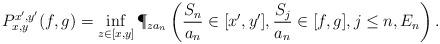
LaTeX: \begin{align*} P^{x',y'}_{x,y} (f,g) = \inf_{z \in [x,y]} \P_{za_n} \left( \frac{S_n}{a_n} \in [x',y'], \frac{S_j}{a_n} \in [f,g], j \leq n, E_n \right).\end{align*}